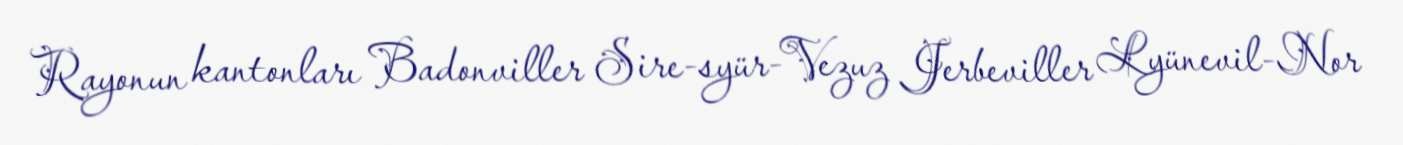
Rayonun kantonları Badonviller Sire-syür-Vezuz Jerbeviller Lyünevil-Nor